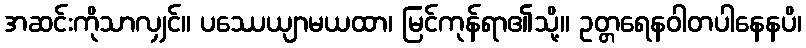
အဆင်းကိုသာလျှင်။ ပဿေယျာမယထာ၊ မြင်ကုန်ရာ၏သို့။ ဥတ္တရေနဝါတပါနေနပိ၊